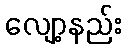
လျော့နည်း